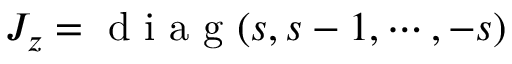
J _ { z } = \textrm { d i a g } ( s , s - 1 , \cdots , - s )